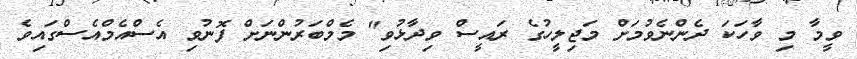
ވީމާ މި ވާހަކަ ދެންނެވުމަށް މަޖިލީހުގެ ރައީސް ވިދާޅުވި" މެމްބަރުންނަށް ފޮނުވި އެސްއެމްއެސްގައިވެ